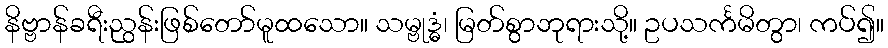
နိဗ္ဗာန်ခရီးညွန်းဖြစ်တော်မူထသော။ သမ္ဗုဒ္ဓံ၊ မြတ်စွာဘုရားသို့။ ဥပသင်္ကမိတွာ၊ ကပ်၍။